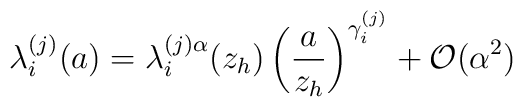
\lambda_i^{(j)}(a) = \lambda_i^{(j)\alpha}(z_h) \left(\frac{a}{z_h} \right)^{\gamma_i^{(j)}} + {\cal O} (\alpha^{2})